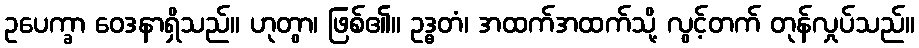
ဥပေက္ခာ ဝေဒနာရှိသည်။ ဟုတွာ၊ ဖြစ်၏။ ဥဒ္ဓတံ၊ အထက်အထက်သို့ လွင့်တက် တုန်လှုပ်သည်။